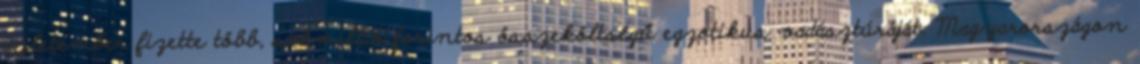
üzletember fizette több, sokmillió forintos összeköltségű egzotikus vadásztúráját. Magyarországon